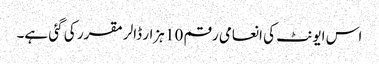
اس ایونٹ کی انعامی رقم 10 ہزار ڈالر مقرر کی گئی ہے۔